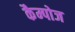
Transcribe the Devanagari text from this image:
कैम्पोज